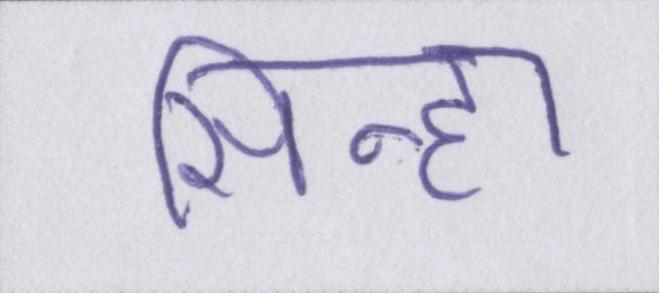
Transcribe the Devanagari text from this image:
सिन्हा